King Institute of Preventive Medicine Micro-Biological Section reports 1909-11
Year: 1909
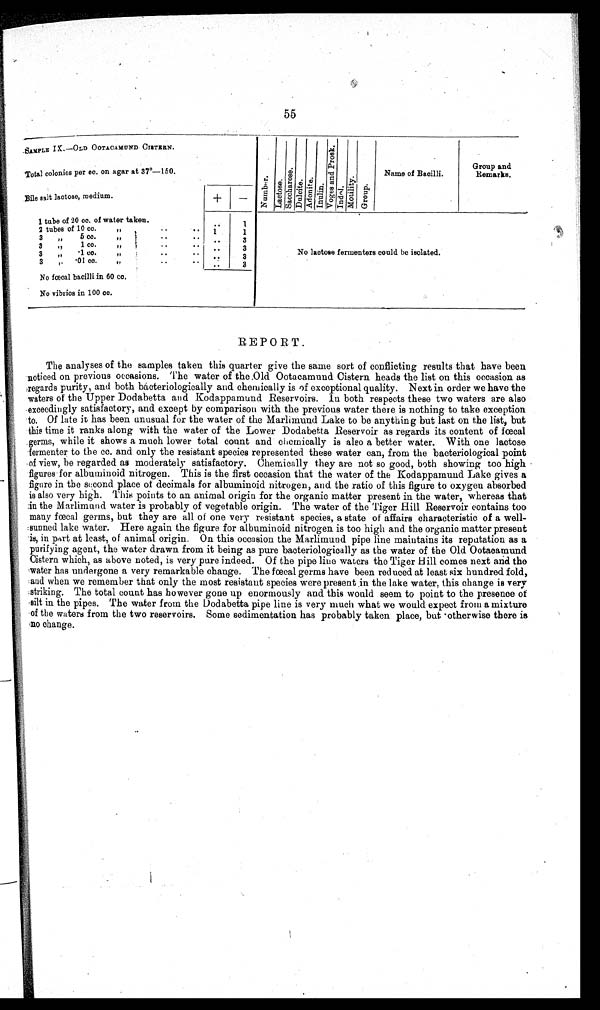
55
SAMPLE IX.—OLD OoTACAMUND CISTERN.
N u m b e r .
I a c t o s e .
S a c c h a r o s e .
D u l c i t e . A d o n i t e . I n u l i n .
V o g e s a n d P r o e k .
I n d o l . M o t i l i t y .
G r o u p .
Name of Bacilli.
Group and
Remarks.
Total colonies per cc. on agar at 37°—150.
Bile salt lactose, medium.
+
—
1 tube of 20 ce. o f w a t e r t a k e n .
. . 1
No lactose fermenters could be isolated.
2 t u b e s of 10 cc.
" .. .. 1
1
3
"
5 c c
„
.. . .
. .
3
3 „ 1 cc. „
. . . .
. . 3
3 „ -1 cc. „
. .
. .
. .
3
3 "
- 0 /
c c . "
..
..
. .
3
No fœcal bacilli in 60 co.
No vibrios in 100 cc.
REPORT.
The analyses of the samples taken this quarter give the same sort of conflicting results that have been
noticed on previous occasions. The water of the Old Ootacamund Cistern heads the list on this occasion as
regards purity, and both bacteriologically and chemically is of exceptional quality. Next in order we have the
waters of the Upper Dodabetta and Kodappamund Reservoirs. In both respects these two waters are also
exceedingly satisfactory, and except by comparison with the previous water there is nothing to take exception
to. Of late it has been unusual for the water of the Marlimund Lake to be anything but last on the list, but
this time it ranks along with the water of the Lower Dodabetta Reservoir as regards its content of fœcal
germs, while it shows a much lower total count and chemically is also a better water. With one lactose
fermenter to the cc. and only the resistant species represented these water can, from the bacteriological point
of view, be regarded as moderately satisfactory. Chemically they are not so good, both showing too high
figures for albuminoid nitrogen. This is the first occasion that the water of the Kodappamund Lake gives a
f i g u r e i n t h e s e c o n d p l a c e o f d e c i m a l s f o r a l b u m i n o i d n i t r o g e n , a n d t h e r a t i o o f t h i s f i g u r e t o o x y g e n a b s o r b e d
is also very high. This points to an animal origin for the organic matter present in the water, whereas that
in the Marlimund water is probably of vegetable origin. The water of the Tiger Hill Reservoir contains too
many fœcal germs, but they are all of one very resistant species, a state of affairs characteristic of a well
- s u n n e d l a k e w a t e r . H e r e a g a i n t h e f i g u r e f o r a l b u m i n o i d n i t r o g e n i s t o o h i g h a n d t h e o r g a n i c m a t t e r p r e s e n t
is, in pat at least, of animal origin. On this occasion the Marlimund pipe line maintains its reputation as a
purifying agent, the water drawn from it being as pure bacteriologically as the water of the Old Ootacamund
Cistern which, as above noted, is very pure indeed. Of the pipe line waters the Tiger Hill comes next and the
water has undergone a very remarkable change. The fœcal germs have been reduced at least six hundred fold,
and when we remember that only the most resistant species were present in the lake water, this change is very
striking. The total count has however gone up enormously and this would seem to point to the presence of
silt in the pipes. The water from the Dodabetta pipe line is very much what we would expect from a mixture
of the waters from the two reservoirs. Some sedimentation has probably taken place, but otherwise there is
no change.